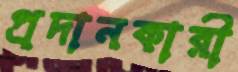
প্রদানকারী